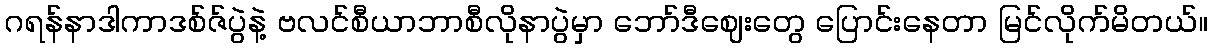
ဂရန်နာဒါကာဒစ်ဇ်ပွဲနဲ့ ဗလင်စီယာဘာစီလိုနာပွဲမှာ ဘော်ဒီဈေးတွေ ပြောင်းနေတာ မြင်လိုက်မိတယ်။